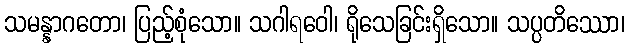
သမန္နာဂတော၊ ပြည့်စုံသော။ သဂါရဝေါ၊ ရိုသေခြင်းရှိသော။ သပ္ပတိဿော၊